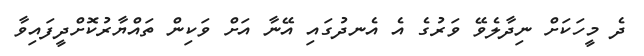
ދެ މީހަކަށް ނިދާލެވޭ ވަރުގެ އެ އެނދުގައި އޭނާ އަށް ވަކިން ތައްޔާރުކޮށްދީފައިވާ